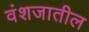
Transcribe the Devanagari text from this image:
वंशजातील